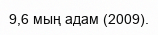
9,6 мың адам (2009).